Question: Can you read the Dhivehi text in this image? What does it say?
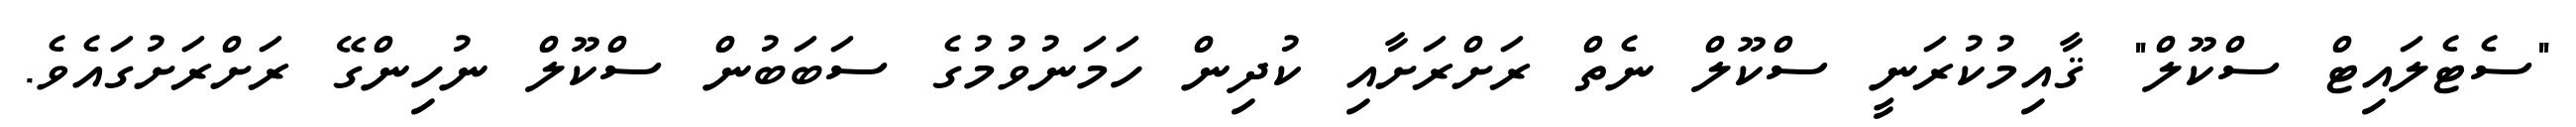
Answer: "ސެޓެލައިޓް ސްކޫލް" ޤާއިމުކުރަނީ ސްކޫލް ނެތް ރަށްރަށާއި ކުދިން ހަމަނުވުމުގެ ސަބަބުން ސްކޫލް ނުހިންގޭ ރަށްރަށުގައެވެ.